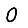
Digit: 0